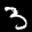
Label: 3